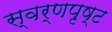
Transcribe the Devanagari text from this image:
स्वर्णपृष्ट